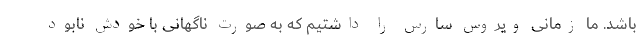
باشد. ما زمانی ویروس سارس را داشتیم که به صورت ناگهانی با خودش نابود